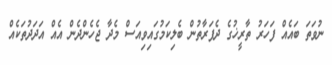
ނުވަތަ ބައެއް ފަހަރު ތާރީޚުގެ ދެފަރާތުން ބެލިކަމުގައިވިއަސް މެދާ ޖެހެންދެން އެއް އަދަދުތަކެއް